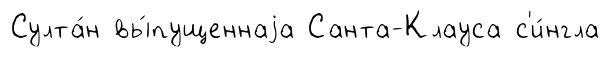
Султа́н вы́пущеннаjа Санта-Клауса с'и́нгла